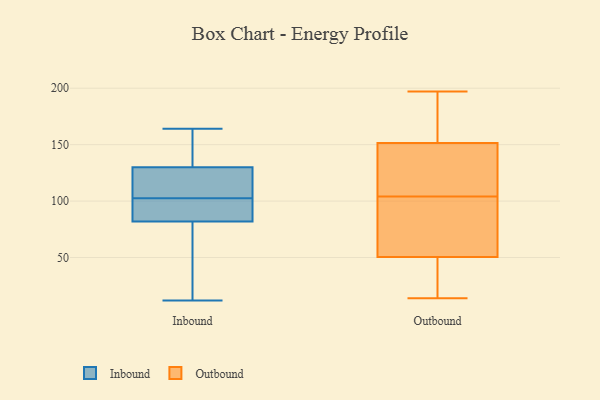
{"axis": {"x": "Net Income (USD K)", "y": "Value"}, "legend": ["Inbound", "Outbound"], "data": [{"x": "", "y": 115, "type": "Inbound"}, {"x": "", "y": 153, "type": "Inbound"}, {"x": "", "y": 156, "type": "Inbound"}, {"x": "", "y": 29, "type": "Inbound"}, {"x": "", "y": 96, "type": "Inbound"}, {"x": "", "y": 37, "type": "Inbound"}, {"x": "", "y": 82, "type": "Inbound"}, {"x": "", "y": 99, "type": "Inbound"}, {"x": "", "y": 106, "type": "Inbound"}, {"x": "", "y": 130, "type": "Inbound"}, {"x": "", "y": 120, "type": "Inbound"}, {"x": "", "y": 90, "type": "Inbound"}, {"x": "", "y": 164, "type": "Inbound"}, {"x": "", "y": 12, "type": "Inbound"}, {"x": "", "y": 26, "type": "Outbound"}, {"x": "", "y": 55, "type": "Outbound"}, {"x": "", "y": 153, "type": "Outbound"}, {"x": "", "y": 20, "type": "Outbound"}, {"x": "", "y": 197, "type": "Outbound"}, {"x": "", "y": 160, "type": "Outbound"}, {"x": "", "y": 87, "type": "Outbound"}, {"x": "", "y": 58, "type": "Outbound"}, {"x": "", "y": 104, "type": "Outbound"}, {"x": "", "y": 150, "type": "Outbound"}, {"x": "", "y": 118, "type": "Outbound"}, {"x": "", "y": 49, "type": "Outbound"}, {"x": "", "y": 181, "type": "Outbound"}, {"x": "", "y": 14, "type": "Outbound"}, {"x": "", "y": 77, "type": "Outbound"}, {"x": "", "y": 39, "type": "Outbound"}, {"x": "", "y": 128, "type": "Outbound"}, {"x": "", "y": 143, "type": "Outbound"}, {"x": "", "y": 152, "type": "Outbound"}]}